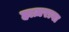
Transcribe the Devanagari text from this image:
हाज़रावा